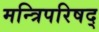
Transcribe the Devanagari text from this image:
मन्त्रिपरिषद्